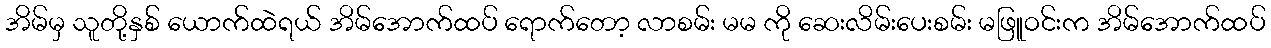
အိမ်မှ သူတို့နှစ် ယောက်ထဲရယ် အိမ်အောက်ထပ် ရောက်တော့ လာစမ်း မမ ကို ဆေးလိမ်းပေးစမ်း မဖြူဝင်းက အိမ်အောက်ထပ်